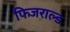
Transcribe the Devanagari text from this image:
फिजराल्ड